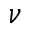
\nu